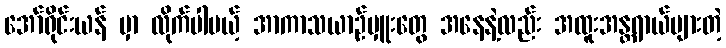
အော်ရိုင်းယန် မှာ လိုက်ပါမယ့် အာကာသယာဉ်မှူးတွေ အနေနဲ့လည်း အထူးအန္တရာယ်များတဲ့